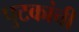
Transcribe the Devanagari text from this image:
पुटकांची